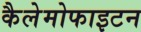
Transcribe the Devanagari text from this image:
कैलेमोफाइटन